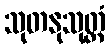
သုတနုသုတ္တံ